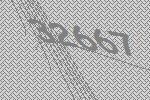
32667